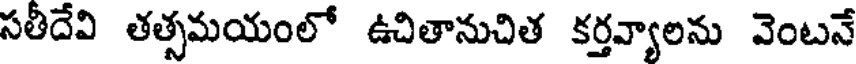
సతీదేవి తత్సమయంలో ఉచితానుచిత కర్తవ్యాలను వెంటనే